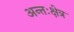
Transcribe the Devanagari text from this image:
अन्तःक्षेत्र